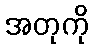
အတုကို